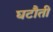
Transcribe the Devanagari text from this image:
घटौती